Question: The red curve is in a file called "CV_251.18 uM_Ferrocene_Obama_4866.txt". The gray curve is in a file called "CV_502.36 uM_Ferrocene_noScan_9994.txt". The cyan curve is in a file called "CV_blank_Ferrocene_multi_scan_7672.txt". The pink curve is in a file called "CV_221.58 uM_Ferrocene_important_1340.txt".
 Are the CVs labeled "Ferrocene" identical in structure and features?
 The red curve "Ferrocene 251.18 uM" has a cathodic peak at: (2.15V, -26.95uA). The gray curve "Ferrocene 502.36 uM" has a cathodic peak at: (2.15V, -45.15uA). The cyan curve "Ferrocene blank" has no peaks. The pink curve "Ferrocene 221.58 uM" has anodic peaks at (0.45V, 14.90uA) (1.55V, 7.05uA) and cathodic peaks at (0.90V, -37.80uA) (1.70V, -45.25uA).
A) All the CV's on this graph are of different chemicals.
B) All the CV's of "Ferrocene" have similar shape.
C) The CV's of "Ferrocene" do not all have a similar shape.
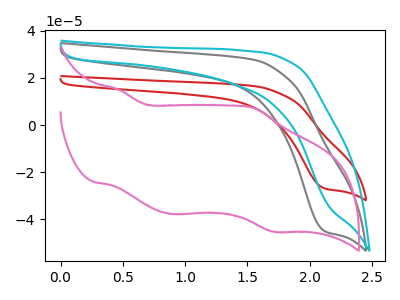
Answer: <think>All the peaks in "Ferrocene 251.18 uM" have a peak in "Ferrocene 502.36 uM" at the same potential. Every peak in "Ferrocene 251.18 uM" is lower than every peak in "Ferrocene 502.36 uM". "Ferrocene 251.18 uM" and "Ferrocene blank" have a different number of peaks. "Ferrocene 251.18 uM" and "Ferrocene 221.58 uM" have a different number of peaks. "Ferrocene 502.36 uM" and "Ferrocene blank" have a different number of peaks. "Ferrocene 502.36 uM" and "Ferrocene 221.58 uM" have a different number of peaks. "Ferrocene blank" and "Ferrocene 221.58 uM" have a different number of peaks.
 </think>
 <answer>B) All the CV's of "Ferrocene" have similar shape.</answer>
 <eval>B</eval>